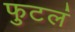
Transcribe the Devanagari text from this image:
फुटलं